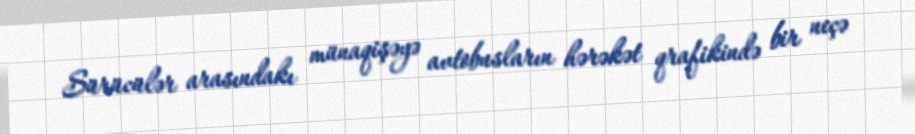
Sürücülər arasındakı münaqişəyə avtobusların hərəkət qrafikində bir neçə